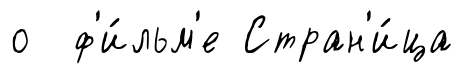
о ф'и́льм'е Стран'и́ца